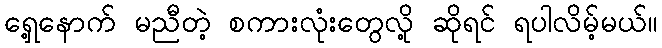
ရှေ့နောက် မညီတဲ့ စကားလုံးတွေလို့ ဆိုရင် ရပါလိမ့်မယ်။